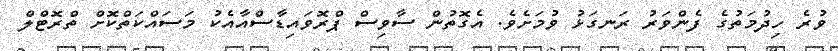
ވުރެ ހިދުމަތުގެ ފެންވަރު ރަނގަޅު ވުމަށެވެ. އެގޮތުން ސާވިސް ޕްރޮވައިޑާސްއާއެކު މަސައްކަތްކޮށް ތްރޮޓްލް